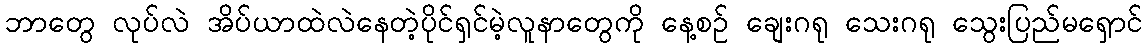
ဘာတွေ လုပ်လဲ အိပ်ယာထဲလဲနေတဲ့ပိုင်ရှင်မဲ့လူနာတွေကို နေ့စဉ် ချေးဂရု သေးဂရု သွေးပြည်မရှောင်